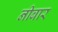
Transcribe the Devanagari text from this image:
नीबार